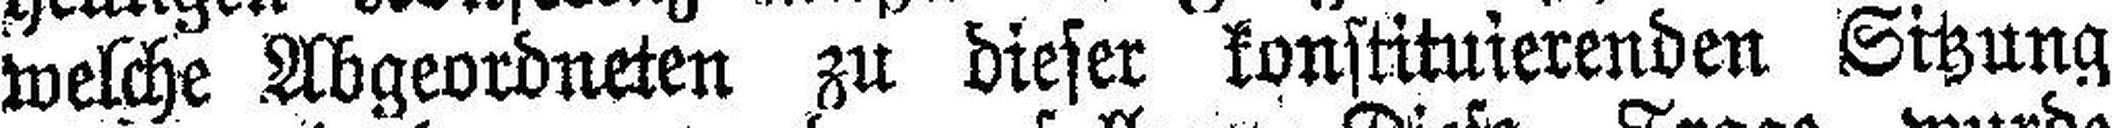
welche Abgeordneten zu dieser konstituierenden Sitzung